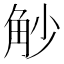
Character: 觘